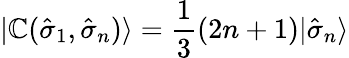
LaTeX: |\mathbb{C}({\hat{{\sigma}}}_{1},{\hat{{\sigma}}}_{n})\rangle=\frac{{1}}{{3}}(2n+1)|{\hat{{\sigma}}}_{n}\rangle